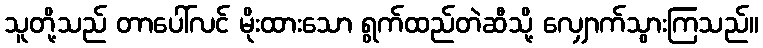
သူတို့သည် တာပေါ်လင် မိုးထားသော ရွက်ထည်တဲဆီသို့ လျှောက်သွားကြသည်။